Physiological action of certain drugs in tablet form - Number 52A
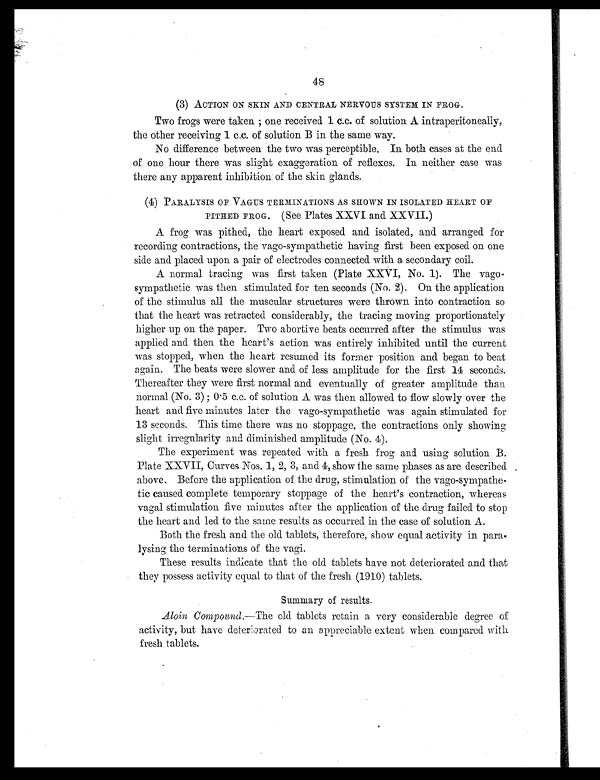
48
(3) ACTION ON SKIN AND CENTRAL NERVOUS SYSTEM IN FROG.
Two frogs were taken; one received 1 c.c. of solution A intraperitoneally,
the other receiving 1 c.c. of solution B in the same way.
No difference between the two was perceptible. In both cases at the end
of one hour there was slight exaggeration of reflexes. In neither case was
there any apparent inhibition of the skin glands.
(4) PARALYSIS OF VAGUS TERMINATIONS AS SHOWN IN ISOLATED HEART OF
PITHED FROG. (See Plates XXVI and XXVII.)
A frog was pithed, the heart exposed and isolated, and arranged for
recording contractions, the vago-sympathetic having first been exposed on one
side and placed upon a pair of electrodes connected with a secondary coil.
A normal tracing was first taken (Plate XXVI, No. 1). The vago-
sympathetic was then stimulated for ten seconds (No. 2). On the application
of the stimulus all the muscular structures were thrown into contraction so
that the heart was retracted considerably, the tracing moving proportionately
higher up on the paper. Two abortive beats occurred after the stimulus was
applied and then the heart's action was entirely inhibited until the current
was stopped, when the heart resumed its former position and began to beat
again. The beats were slower and of less amplitude for the first 14 seconds.
Thereafter they were first normal and eventually of greater amplitude than
normal (No. 3) ; 0.5 c.c. of solution A was then allowed to flow slowly over the
heart and five minutes later the vago-sympathetic was again stimulated for
13 seconds. This time there was no stoppage, the contractions only showing
slight irregularity and diminished amplitude (No. 4).
The experiment was repeated with a fresh frog and using solution B.
Plate XXVII, Curves Nos. 1, 2, 3, and 4, show the same phases as are described
above. Before the application of the drug, stimulation of the vago-sympathe
-tic caused complete temporary stoppage of the heart's contraction, whereas
vagal stimulation five minutes after the application of the drug failed to stop
the heart and led to the same results as occurred in the case of solution A.
Both the fresh and the old tablets, therefore, show equal activity in para
-lysing the terminations of the vagi.
These results indicate that the old tablets have not deteriorated and that
they possess activity equal to that of the fresh (1910) tablets.
Summary of results.
Aloin Compound. —The old tablets retain a very considerable degree of
activity, but have deteriorated to an appreciable extent when compared with
fresh tablets,